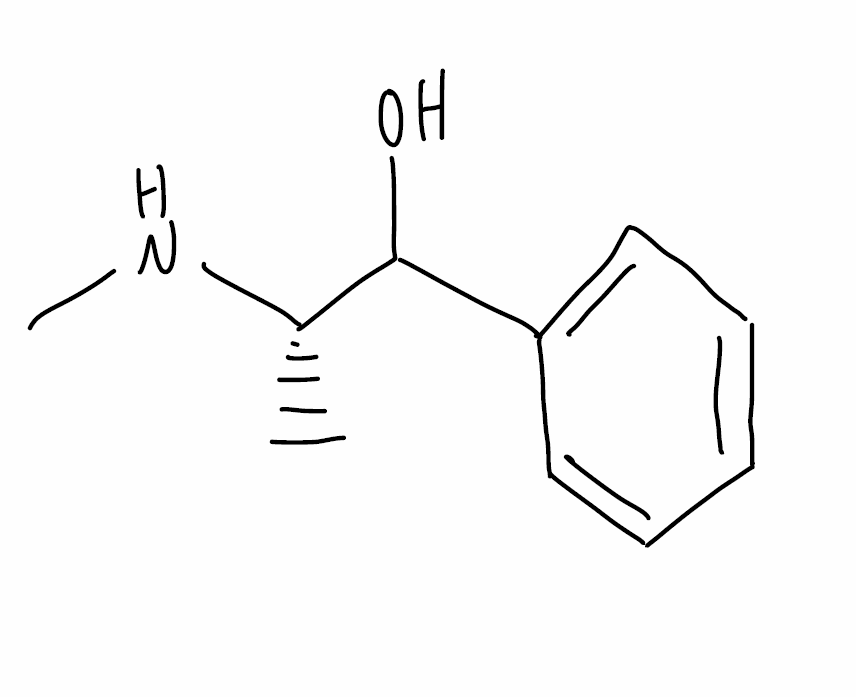
Simplified molecular-input line-entry system (SMILES) notation of the given molecule:
C[C@@H](C(C1=CC=CC=C1)O)NC